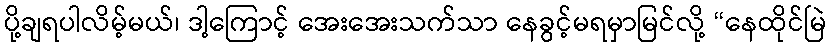
ပို့ချရပါလိမ့်မယ်၊ ဒါ့ကြောင့် အေးအေးသက်သာ နေခွင့်မရမှာမြင်လို့ “နေထိုင်မြဲ